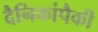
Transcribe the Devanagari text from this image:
दैनिकांपैकी